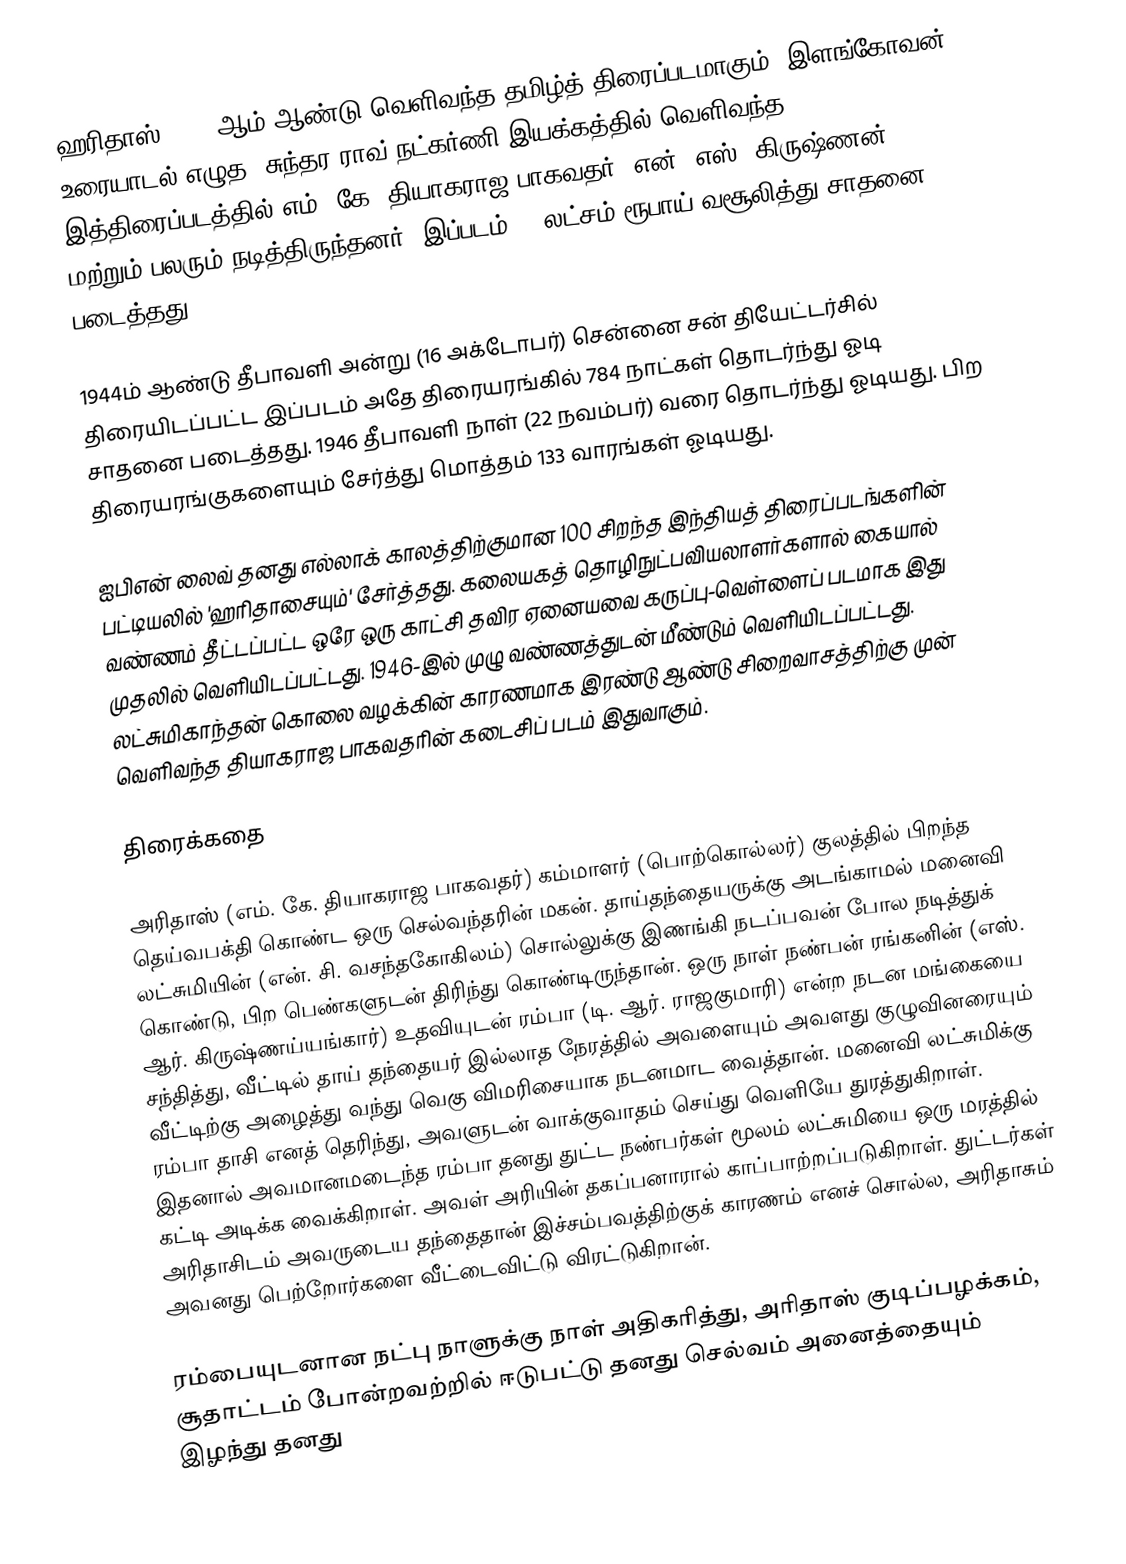
ஹரிதாஸ் 1944 ஆம் ஆண்டு வெளிவந்த தமிழ்த் திரைப்படமாகும். இளங்கோவன் உரையாடல் எழுத, சுந்தர ராவ் நட்கர்ணி இயக்கத்தில் வெளிவந்த இத்திரைப்படத்தில் எம். கே. தியாகராஜ பாகவதர், என். எஸ். கிருஷ்ணன் மற்றும் பலரும் நடித்திருந்தனர். இப்படம் 10 லட்சம் ரூபாய் வசூலித்து சாதனை படைத்தது.

1944ம் ஆண்டு தீபாவளி அன்று (16 அக்டோபர்) சென்னை சன் தியேட்டர்சில் திரையிடப்பட்ட இப்படம் அதே திரையரங்கில் 784 நாட்கள் தொடர்ந்து ஓடி சாதனை படைத்தது. 1946 தீபாவளி நாள் (22 நவம்பர்) வரை தொடர்ந்து ஓடியது. பிற திரையரங்குகளையும் சேர்த்து மொத்தம் 133 வாரங்கள் ஓடியது.

ஐபிஎன் லைவ் தனது எல்லாக் காலத்திற்குமான 100 சிறந்த இந்தியத் திரைப்படங்களின் பட்டியலில் 'ஹரிதாசையும்' சேர்த்தது. கலையகத் தொழிநுட்பவியலாளர்களால் கையால் வண்ணம் தீட்டப்பட்ட ஒரே ஒரு காட்சி தவிர ஏனையவை கருப்பு-வெள்ளைப் படமாக இது முதலில் வெளியிடப்பட்டது. 1946-இல் முழு வண்ணத்துடன் மீண்டும் வெளியிடப்பட்டது. லட்சுமிகாந்தன் கொலை வழக்கின் காரணமாக இரண்டு ஆண்டு சிறைவாசத்திற்கு முன் வெளிவந்த தியாகராஜ பாகவதரின் கடைசிப் படம் இதுவாகும்.

திரைக்கதை

அரிதாஸ் (எம். கே. தியாகராஜ பாகவதர்) கம்மாளர் (பொற்கொல்லர்) குலத்தில் பிறந்த தெய்வபக்தி கொண்ட ஒரு செல்வந்தரின் மகன். தாய்தந்தையருக்கு அடங்காமல் மனைவி லட்சுமியின் (என். சி. வசந்தகோகிலம்) சொல்லுக்கு இணங்கி நடப்பவன் போல நடித்துக் கொண்டு, பிற பெண்களுடன் திரிந்து கொண்டிருந்தான். ஒரு நாள் நண்பன் ரங்கனின் (எஸ். ஆர். கிருஷ்ணய்யங்கார்) உதவியுடன் ரம்பா (டி. ஆர். ராஜகுமாரி) என்ற நடன மங்கையை சந்தித்து, வீட்டில் தாய் தந்தையர் இல்லாத நேரத்தில் அவளையும் அவளது குழுவினரையும் வீட்டிற்கு அழைத்து வந்து வெகு விமரிசையாக நடனமாட வைத்தான். மனைவி லட்சுமிக்கு ரம்பா தாசி எனத் தெரிந்து, அவளுடன் வாக்குவாதம் செய்து வெளியே துரத்துகிறாள். இதனால் அவமானமடைந்த ரம்பா தனது துட்ட நண்பர்கள் மூலம் லட்சுமியை ஒரு மரத்தில் கட்டி அடிக்க வைக்கிறாள். அவள் அரியின் தகப்பனாரால் காப்பாற்றப்படுகிறாள். துட்டர்கள் அரிதாசிடம் அவருடைய தந்தைதான் இச்சம்பவத்திற்குக் காரணம் எனச் சொல்ல, அரிதாசும் அவனது பெற்றோர்களை வீட்டைவிட்டு விரட்டுகிறான்.

ரம்பையுடனான நட்பு நாளுக்கு நாள் அதிகரித்து, அரிதாஸ் குடிப்பழக்கம், சூதாட்டம் போன்றவற்றில் ஈடுபட்டு தனது செல்வம் அனைத்தையும்  இழந்து தனது